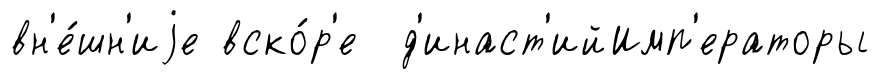
вн'е́шн'иjе вско́р'е д'инаст'ийИмп'ераторы